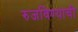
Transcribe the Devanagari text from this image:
रुजविण्याची